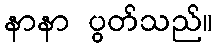
နာနာ ပွတ်သည်။